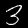
Label: 3